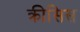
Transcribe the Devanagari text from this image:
क्रीसिस